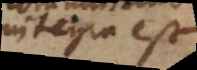
integra est.